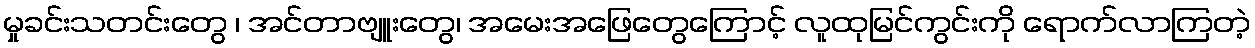
မှုခင်းသတင်းတွေ ၊ အင်တာဗျူးတွေ၊ အမေးအဖြေတွေကြောင့် လူထုမြင်ကွင်းကို ရောက်လာကြတဲ့